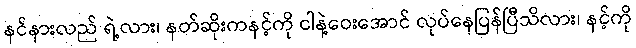
နင်နားလည် ရဲ့လား၊ နတ်ဆိုးကနင့်ကို ငါနဲ့ဝေးအောင် လုပ်နေပြန်ပြီသိလား၊ နင့်ကို